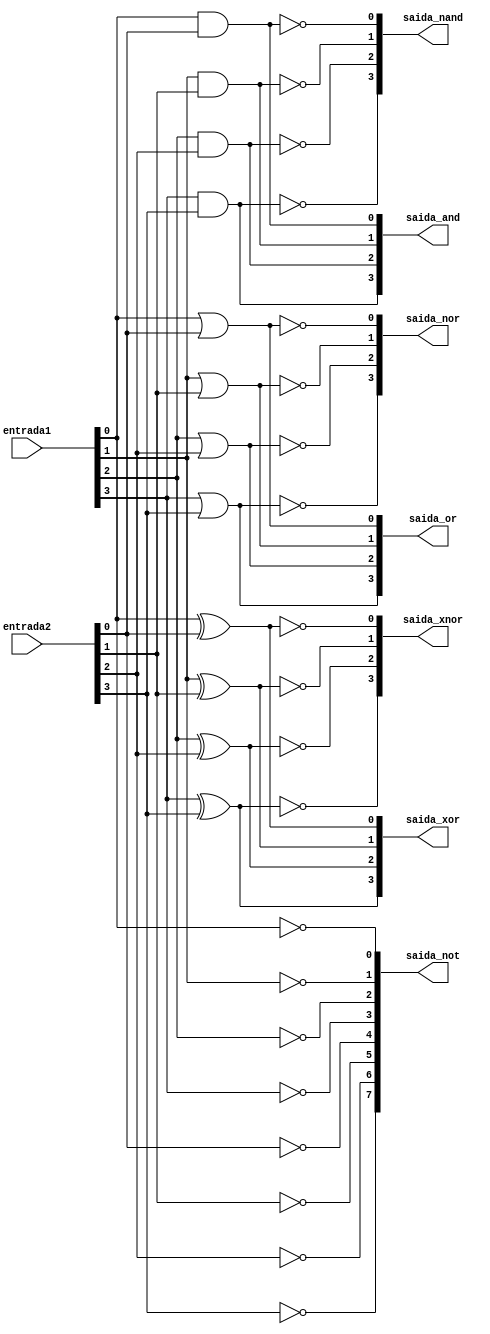
// ------------------------- 
// Exemplo0035 - SEL 
// Nome: Michelle da Costa Silva 
// -------------------------
 
// ------------------------- 
// sel_gate 
// ------------------------- 

   module sel (output [3:0]saida_and,
	            output [3:0]saida_nand, 
					output [3:0]saida_or, 
					output [3:0]saida_nor, 
					output [3:0]saida_xor, 
					output [3:0]saida_xnor,
					output [7:0]saida_not, 
					input [3:0]entrada1, 
					input [3:0]entrada2);
					
	 	and AND1 (saida_and[0], entrada1[0], entrada2[0]);
		and AND2 (saida_and[1], entrada1[1], entrada2[1]);
		and AND3 (saida_and[2], entrada1[2], entrada2[2]);
		and AND4 (saida_and[3], entrada1[3], entrada2[3]);  
				
	   nand NAND1 (saida_nand[0], entrada1[0], entrada2[0]);
		nand NAND2 (saida_nand[1], entrada1[1], entrada2[1]);
		nand NAND3 (saida_nand[2], entrada1[2], entrada2[2]);
		nand NAND4 (saida_nand[3], entrada1[3], entrada2[3]);
		
	   or OR1 (saida_or[0], entrada1[0], entrada2[0]);
		or OR2 (saida_or[1], entrada1[1], entrada2[1]);
		or OR3 (saida_or[2], entrada1[2], entrada2[2]);
		or OR4 (saida_or[3], entrada1[3], entrada2[3]);
		
	   nor NOR1 (saida_nor[0], entrada1[0], entrada2[0]);
		nor NOR2 (saida_nor[1], entrada1[1], entrada2[1]);
		nor NOR3 (saida_nor[2], entrada1[2], entrada2[2]);
		nor NOR4 (saida_nor[3], entrada1[3], entrada2[3]);
		
		xor XOR1 (saida_xor[0], entrada1[0], entrada2[0]);
		xor XOR2 (saida_xor[1], entrada1[1], entrada2[1]);
		xor XOR3 (saida_xor[2], entrada1[2], entrada2[2]);
		xor XOR4 (saida_xor[3], entrada1[3], entrada2[3]);

	   xnor XNOR1 (saida_xnor[0], entrada1[0], entrada2[0]);
		xnor XNOR2 (saida_xnor[1], entrada1[1], entrada2[1]);
		xnor XNOR3 (saida_xnor[2], entrada1[2], entrada2[2]);
		xnor XNOR4 (saida_xnor[3], entrada1[3], entrada2[3]);
		
		not NOT1 (saida_not[0], entrada1[0]);
		not NOT2 (saida_not[1], entrada1[1]);
		not NOT3 (saida_not[2], entrada1[2]);
		not NOT4 (saida_not[3], entrada1[3]);
		
		not NOT5 (saida_not[4], entrada2[0]);
		not NOT6 (saida_not[5], entrada2[1]);
		not NOT7 (saida_not[6], entrada2[2]);
		not NOT8 (saida_not[7], entrada2[3]);

    endmodule //sel

// ------------------------- 
// -- test f4
// -------------------------
     module test_sel; 
// ------------------------- definir dados 
    reg  [3:0] x;
	 reg  [3:0] y;
	 
	 wire [3:0] w;
	 wire [3:0] r;
	 wire [3:0] t;
	 wire [3:0] p;
	 wire [3:0] a;
	 wire [3:0] f;
	 wire [7:0] b;


// ------------------------- instancia 

    sel modulo ( w, r, t, p, a, f, b, x, y);
	 
// ------------------------- parte principal 
initial begin
      $display("Exemplo0035 - Michelle da Costa Silva");
      $display("Test LU's module");
      #1 x = 4'b0101; y = 4'b1010; 
		$monitor("Resultado x = %4b \t y = %4b \n  Negao de x = %4b \t Negao de y = %4b\n  And = %4b \t nand = %4b \n  or = %4b \t nor = %4b\n  xor = %4b \t xnor = %4b \n" , x, y, b[3:0], b[7:4], w, r, t, p, a, f );
		#1 x = 4'b0101; y = 4'b1010; 
		
		#1 x = 4'b1111; y = 4'b0000; 
		
		#1 x = 4'b1001; y = 4'b1000; 
		end
endmodule // test_sel